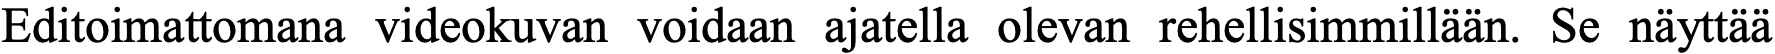
Editoimattomana videokuvan voidaan ajatella olevan rehellisimmillään. Se näyttää